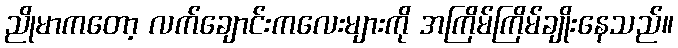
ညိုမာကတော့ လက်ချောင်းကလေးများကို အကြိမ်ကြိမ်ချိုးနေသည်။